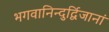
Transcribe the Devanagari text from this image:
भगवानिन्दुर्द्विजानां